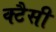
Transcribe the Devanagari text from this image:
क्टैसी